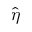
\hat { \eta }